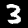
Label: 3